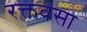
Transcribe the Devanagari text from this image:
रक्तवसा